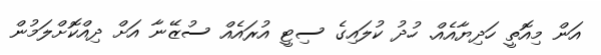
އަން މިއޮތީ ހަދިޔާއެއް. ހުދު ކުލައިގެ ސިޓީ އުރައެއް ސުޒޭނާ އަށް ދިއްކޮށްލަމުން